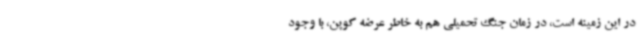
در این زمینه است، در زمان جنگ تحمیلی هم به خاطر عرضه کوپن، با وجود